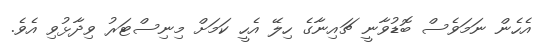
އެހެން ނަމަވެސް ބޮޑުވާނީ ޗައިނާގެ ހިލޭ އެހީ ކަމަށް މިނިސްޓަރު ވިދާޅުވި އެވެ.